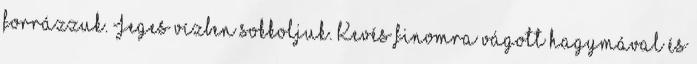
forrázzuk. Jeges vízben sokkoljuk. Kevés finomra vágott hagymával és